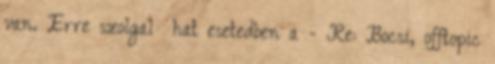
van. Erre szolgal hat esetedben a - Re: Bocsi, offtopic